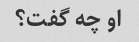
او چه گفت؟